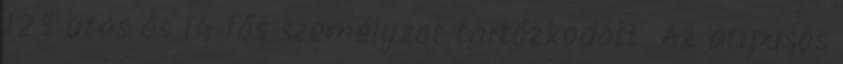
125 utas és 14 fős személyzet tartózkodott. Az atípusos